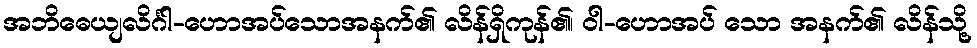
အဘိဓေယျလိင်္ဂါ-ဟောအပ်သောအနက်၏ လိန်ရှိကုန်၏၊ ဝါ-ဟောအပ် သော အနက်၏ လိန်သို့